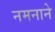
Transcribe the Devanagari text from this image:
नमनाने